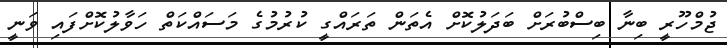
ޖުމްހޫރީ ބިނާ ބިސްބުރަށް ބަދަލުކޮށް އެތަން ތަރައްގީ ކުރުމުގެ މަސައްކަތް ހަވާލުކޮށްފައި ވަނީ